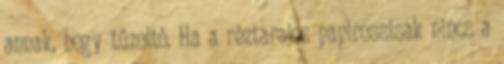
annak, hogy tűzoltó. Ha a réztarajos papirossisak nincs a